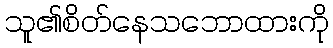
သူ၏စိတ်နေသဘောထားကို